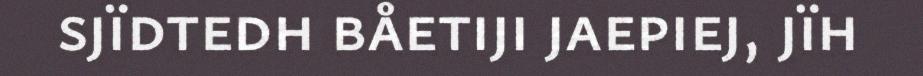
sjïdtedh båetiji jaepiej, jïh